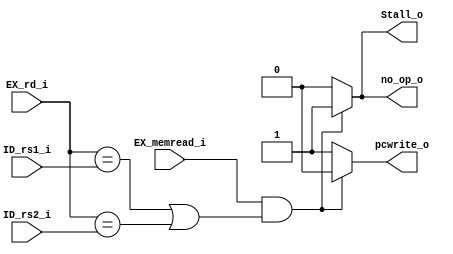
module Hazard_Detection (
    EX_memread_i,
    EX_rd_i,
    ID_rs1_i,
    ID_rs2_i,
    no_op_o,
    Stall_o,
    pcwrite_o
);

input EX_memread_i;
input [4:0] EX_rd_i;
input [4:0] ID_rs1_i;
input [4:0] ID_rs2_i;

output no_op_o;
output Stall_o;
output pcwrite_o;

reg no_op_o;
reg Stall_o;
reg pcwrite_o;

always@(ID_rs1_i or ID_rs2_i or EX_memread_i or EX_rd_i) begin
    no_op_o = 1'b0;
    Stall_o = 1'b0;
    pcwrite_o = 1'b1;
    if (EX_memread_i && ((EX_rd_i == ID_rs1_i) || (EX_rd_i == ID_rs2_i))) begin
        no_op_o = 1'b1;
        Stall_o = 1'b1;
        pcwrite_o = 1'b0;
    end
end

endmodule